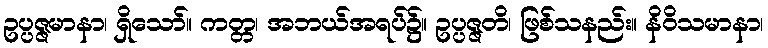
ဥပ္ပဇ္ဇမာနာ၊ ရှိသော်။ ကတ္တ၊ အဘယ်အရပ်၌။ ဥပ္ပဇ္ဇတိ၊ ဖြစ်သနည်း။ နိဝိသမာနာ၊